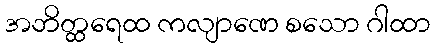
အဘိတ္ထရေထ ကလျာဏေ စသော ဂါထာ